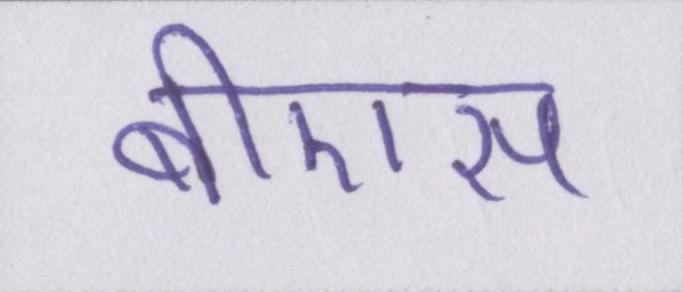
बीएस